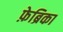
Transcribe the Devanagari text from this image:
फ़ेब्रिका